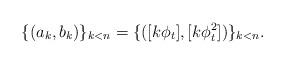
LaTeX: \begin{align*}\{(a_k,b_k)\}_{k<n} = \{([k\phi_t], [k\phi_t^2])\}_{k<n}.\end{align*}